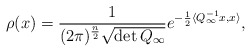
\begin{align*}\rho(x)=\frac{1}{(2\pi)^{\frac{n}{2}}\sqrt{\det Q_{\infty}}}e^{-\frac{1}{2}\langle Q_{\infty}^{-1}x,x\rangle},\end{align*}